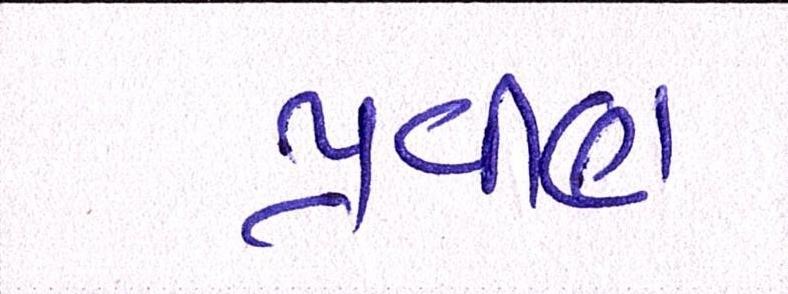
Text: પ્રવીણ